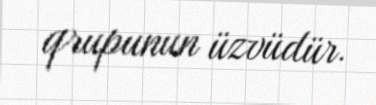
qrupunun üzvüdür.